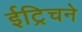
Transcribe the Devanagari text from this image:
ईट्रिचने